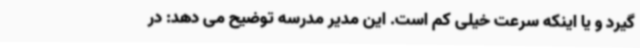
گیرد و یا اینکه سرعت خیلی کم است. این مدیر مدرسه توضیح می دهد: در